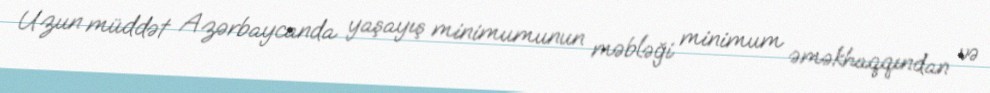
Uzun müddət Azərbaycanda yaşayış minimumunun məbləği minimum əməkhaqqından və